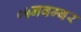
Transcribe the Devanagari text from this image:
०५नवम्बर